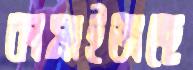
কামাইতাছে